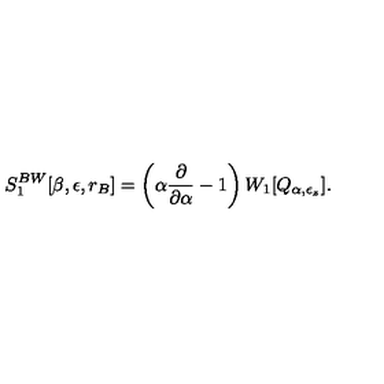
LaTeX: S _ { 1 } ^ { B W } [ \beta , \epsilon , r _ { B } ] = \left( \alpha { \frac { \partial } { \partial \alpha } } - 1 \right) W _ { 1 } [ Q _ { \alpha , \epsilon _ { z } } ] .